DOW-UAP-D48, Department of the Air Force Report, 1996
Agency: Department of War
Incident date: 9/10/96
Page 77
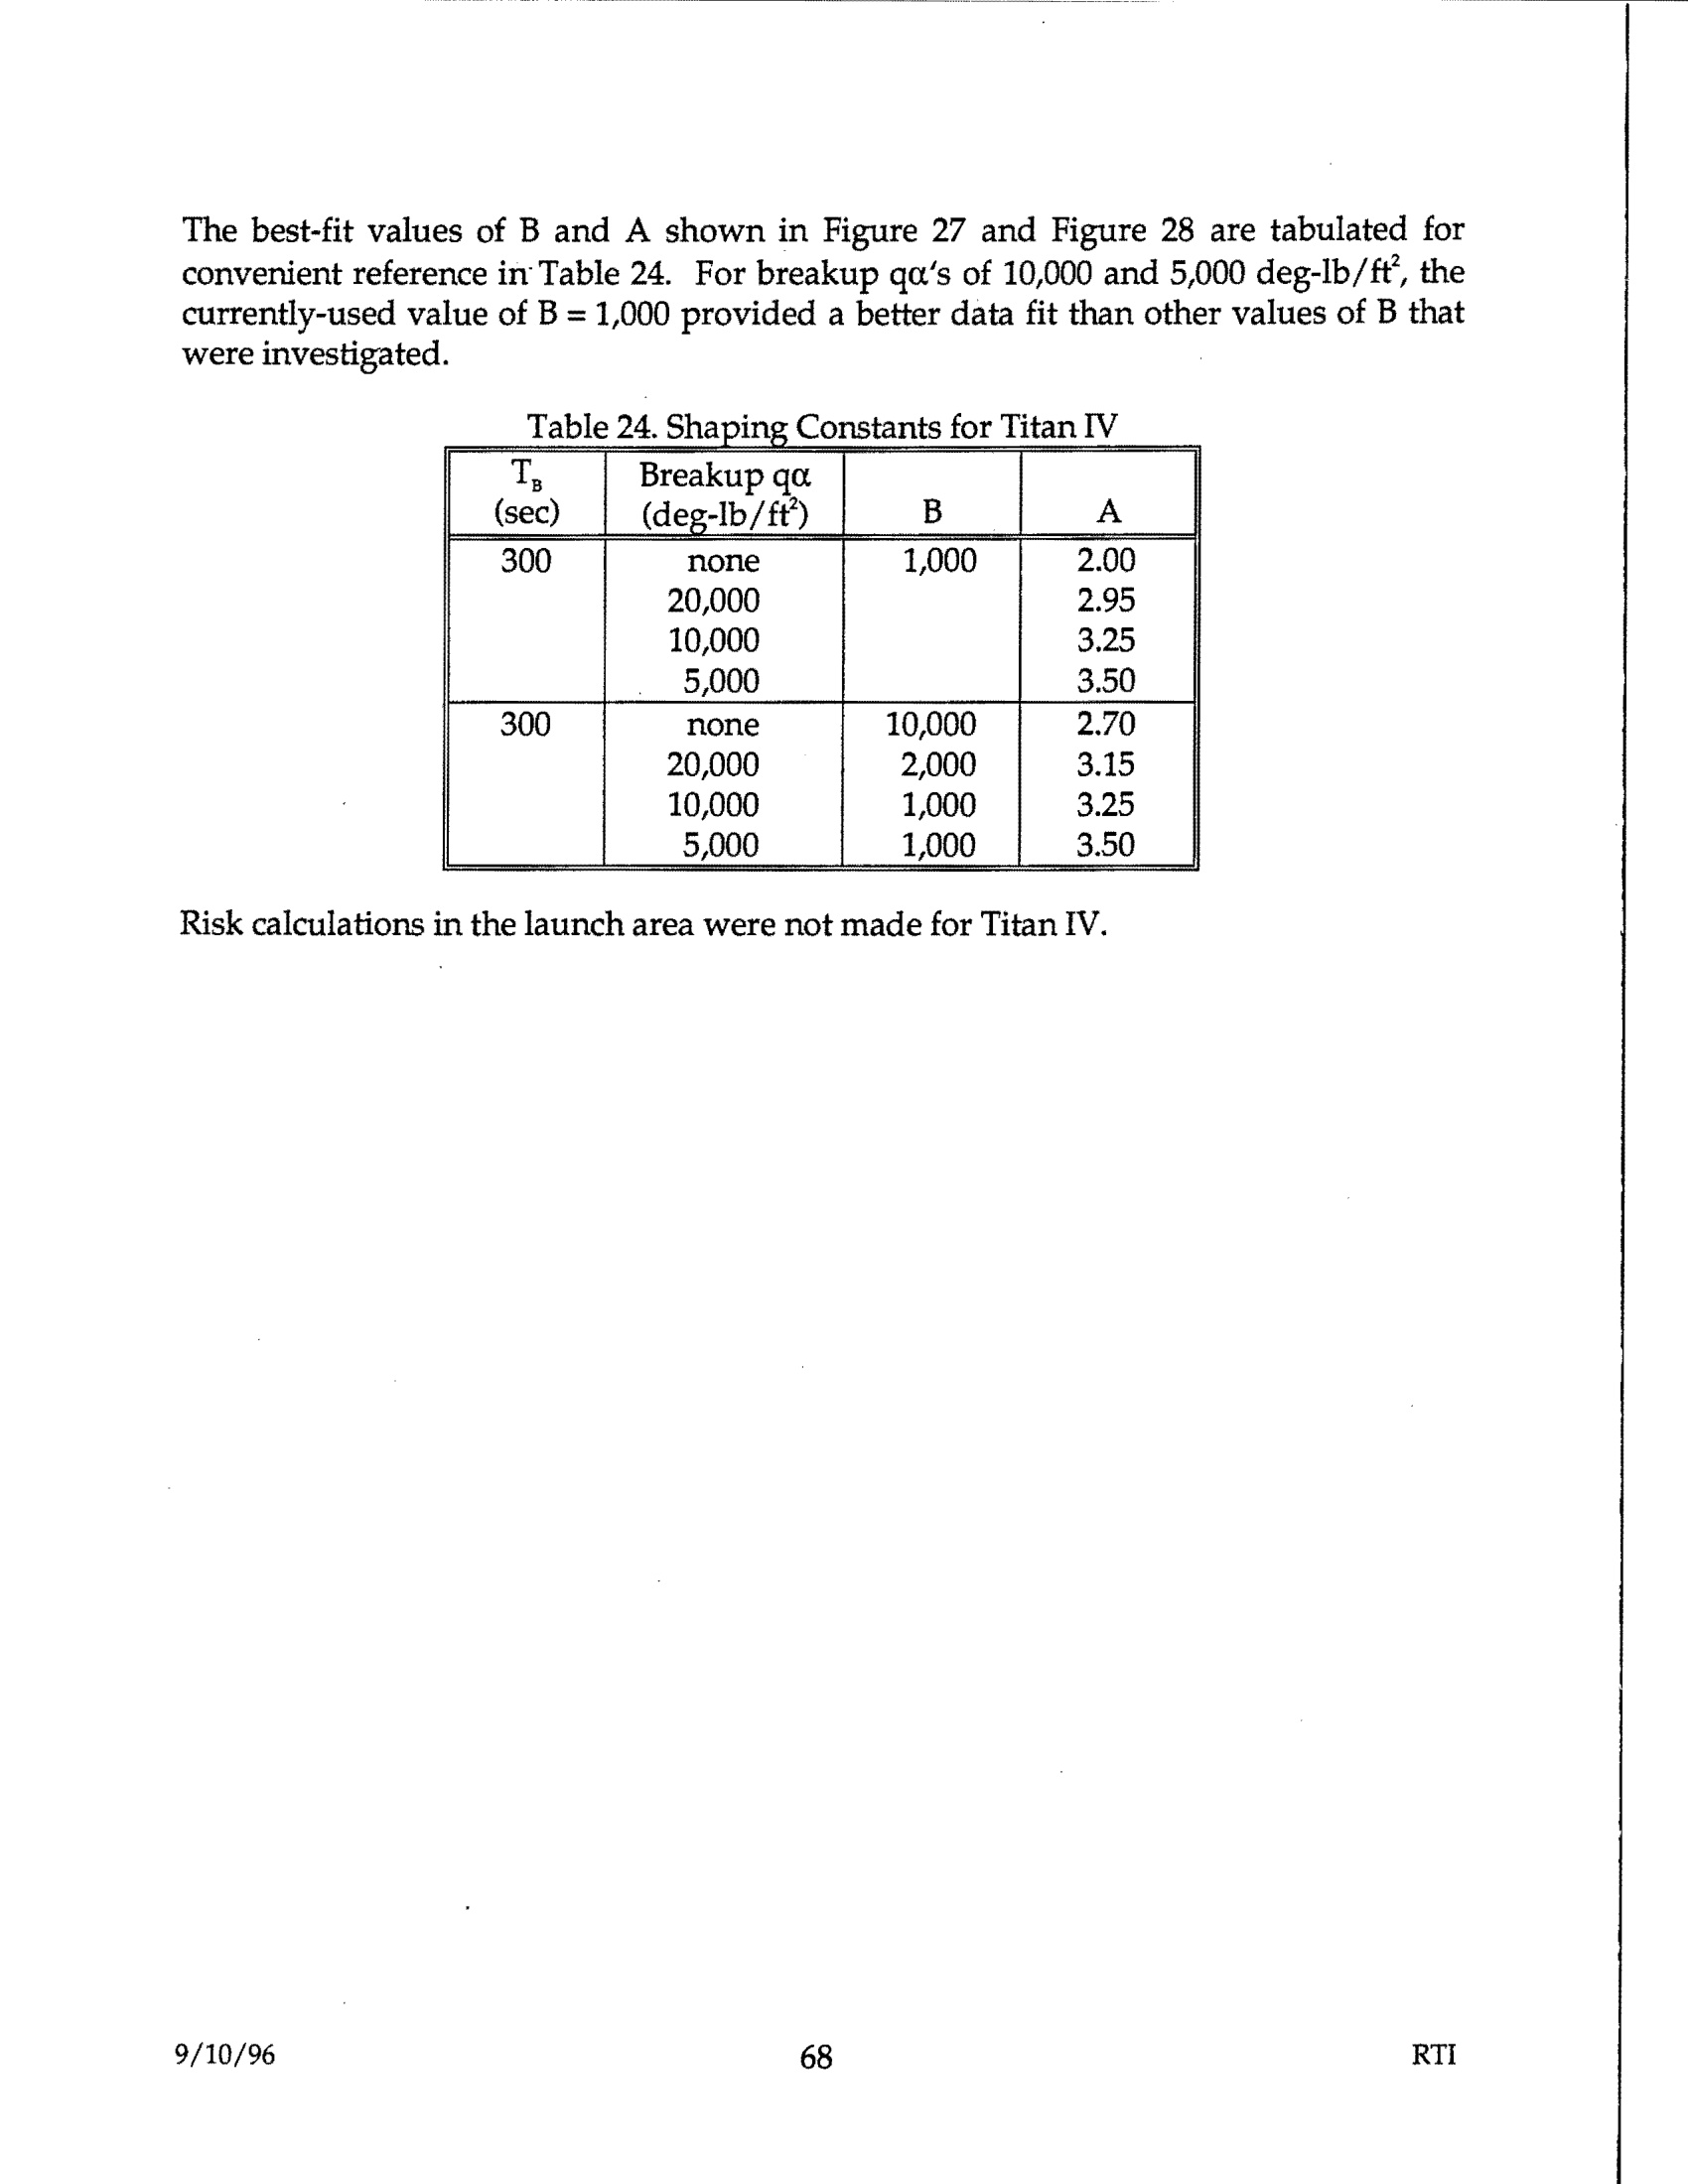